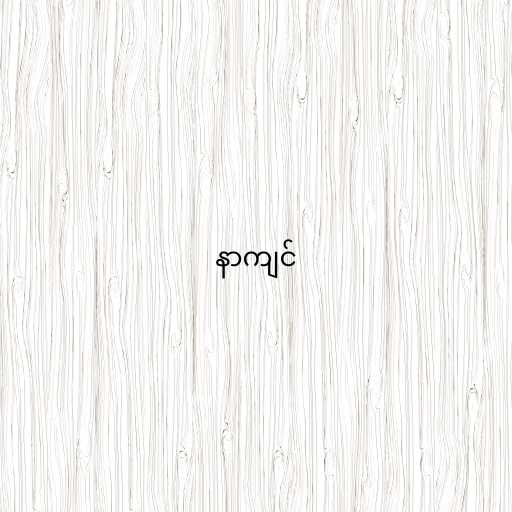
နာကျင်